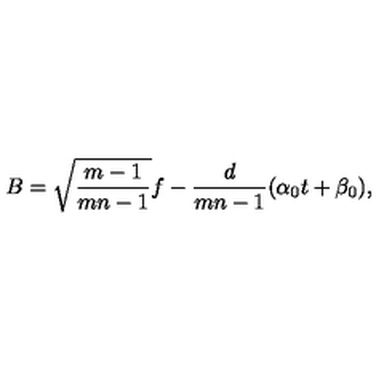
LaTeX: B = \sqrt { \frac { m - 1 } { m n - 1 } } f - \frac { d } { m n - 1 } ( \alpha _ { 0 } t + \beta _ { 0 } ) ,